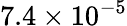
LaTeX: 7.4\times 10^{-5}